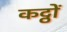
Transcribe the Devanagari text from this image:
कट्ठों